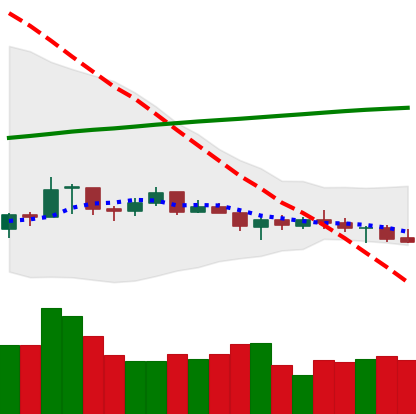
Ticker: XRP-USD
Chart end date: 2021-07-16
Forward return: -3.517%
Label: down_3_5